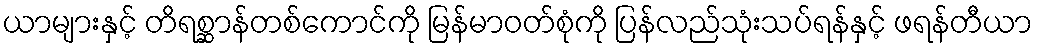
ယာများနှင့် တိရစ္ဆာန်တစ်ကောင်ကို မြန်မာဝတ်စုံကို ပြန်လည်သုံးသပ်ရန်နှင့် ဖရန်တီယာ